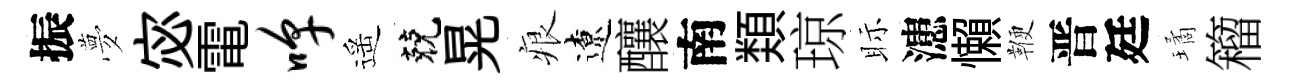
振夢宓電嗥遥兢晃痕遼釀南𩔖琼眎漶懶鞭晋廷璚籕